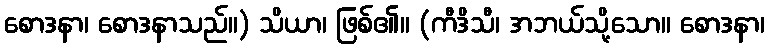
စောဒနာ၊ စောဒနာသည်။) သိယာ၊ ဖြစ်၏။ (ကီဒိသီ၊ အဘယ်သို့သော။ စောဒနာ၊